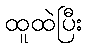
ထူထဲပြီး